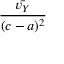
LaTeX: \frac { \bar { v _ { Y } } } { ( c - a ) ^ { 2 } }